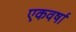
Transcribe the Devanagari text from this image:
एकवर्षा